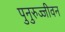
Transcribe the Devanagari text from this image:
पुनुरुज्जीवन